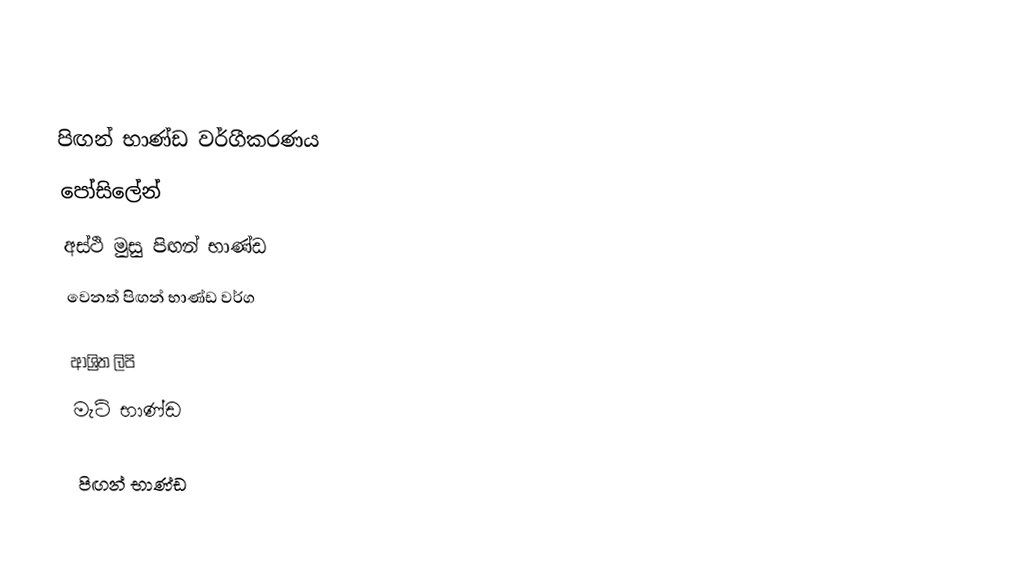

පිඟන් භාණ්ඩ වර්ගීකරණය
 පෝසිලේන්
 අස්ථි මුසු පිඟන් භාණ්ඩ
 වෙනත් පිඟන් භාණ්ඩ වර්ග

ආශ්‍රිත ලිපි
 මැටි භාණ්ඩ

පිඟන් භාණ්ඩ